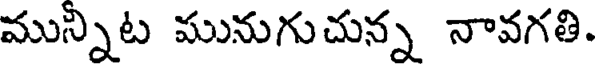
మున్నిట మునుగుచున్న నావగతి.